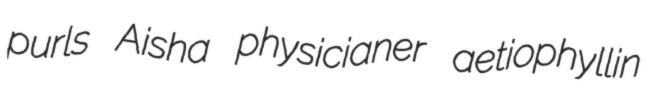
purls Aisha physicianer aetiophyllin